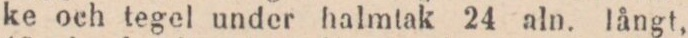
ke och tegel under halmtak 24 aln. långt,